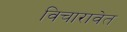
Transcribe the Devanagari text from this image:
विचारावेत